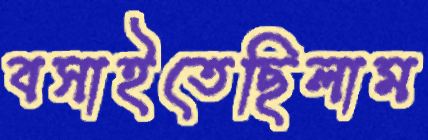
বসাইতেছিলাম